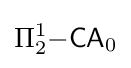
\Pi _{2}^{1}{\mathsf {-CA}}_{0}